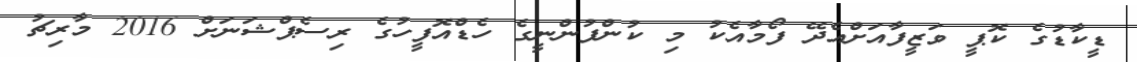
ޑީކާޑުގެ ކޮޕީ ވަޒީފާއަށްއެދޭ ފޯމާއެކު މި ކުންފުންނީގެ ހެޑްއޮފީހުގެ ރިސެޕްޝަނަށް 2016 މާރިޗު